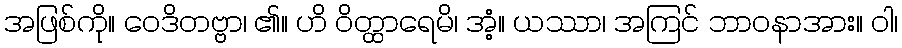
အဖြစ်ကို။ ဝေဒိတဗ္ဗာ၊ ၏။ ဟိ ဝိတ္ထာရေမိ၊ အံ့။ ယဿာ၊ အကြင် ဘာဝနာအား။ ဝါ၊